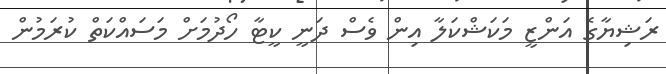
ރަޝިޔާގެ އަންޒީ މަކަޝްކަލާ އިން ވެސް ދަނީ ކީޓާ ހޯދުމަށް މަސައްކަތް ކުރަމުން